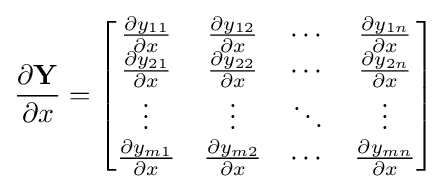
{\frac {\partial \mathbf {Y} }{\partial x}}={\begin{bmatrix}{\frac {\partial y_{11}}{\partial x}}&{\frac {\partial y_{12}}{\partial x}}&\cdots &{\frac {\partial y_{1n}}{\partial x}}\\{\frac {\partial y_{21}}{\partial x}}&{\frac {\partial y_{22}}{\partial x}}&\cdots &{\frac {\partial y_{2n}}{\partial x}}\\\vdots &\vdots &\ddots &\vdots \\{\frac {\partial y_{m1}}{\partial x}}&{\frac {\partial y_{m2}}{\partial x}}&\cdots &{\frac {\partial y_{mn}}{\partial x}}\\\end{bmatrix}}